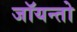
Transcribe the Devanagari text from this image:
जॉयन्तो